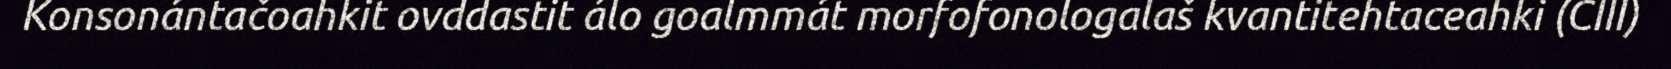
Konsonántačoahkit ovddastit álo goalmmát morfofonologalaš kvantitehtaceahki (CIII)